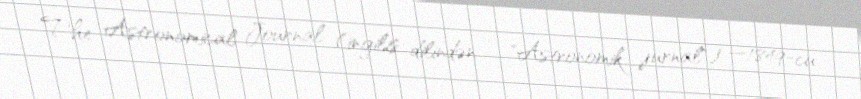
The Astronomical Journal (ingilis dilindən – "Astronomik jurnal") —1849-cu